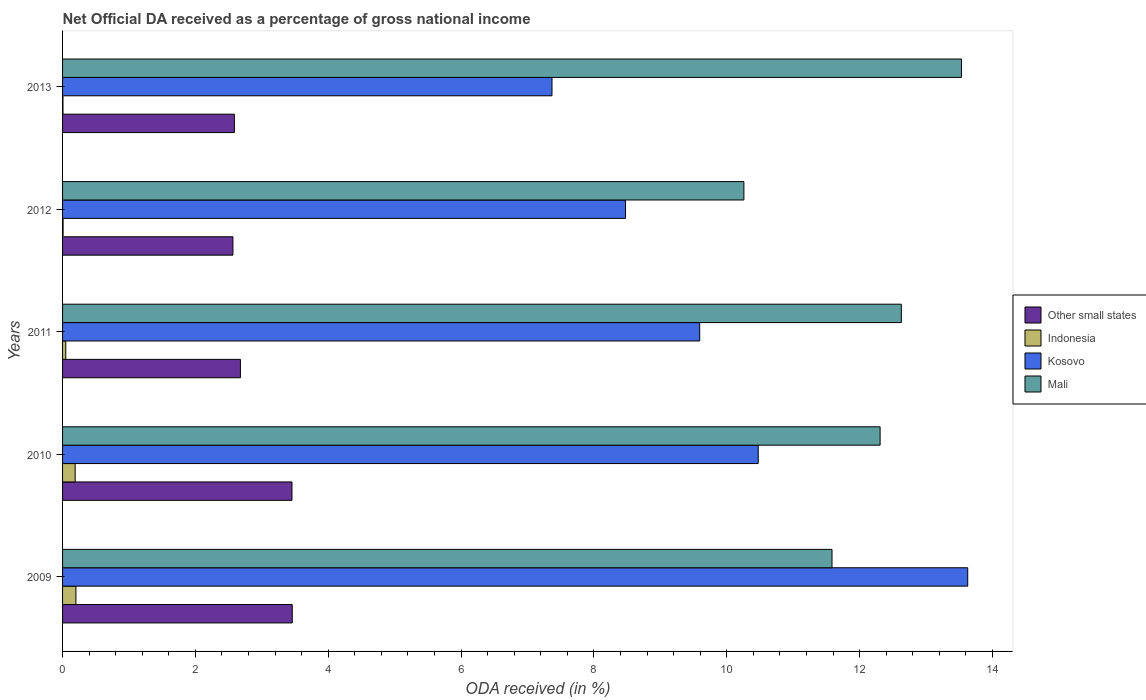
| Years | Other small states | Indonesia | Kosovo | Mali |
 | --- | --- | --- | --- | --- |
 | 2009 | 3.46 | 0.201 | 13.6 | 11.6 |
 | 2010 | 3.45 | 0.19 | 10.5 | 12.3 |
 | 2011 | 2.68 | 0.0484 | 9.59 | 12.6 |
 | 2012 | 2.56 | 0.00761 | 8.47 | 10.3 |
 | 2013 | 2.59 | 0.00604 | 7.37 | 13.5 |